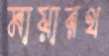
মায়ারথ